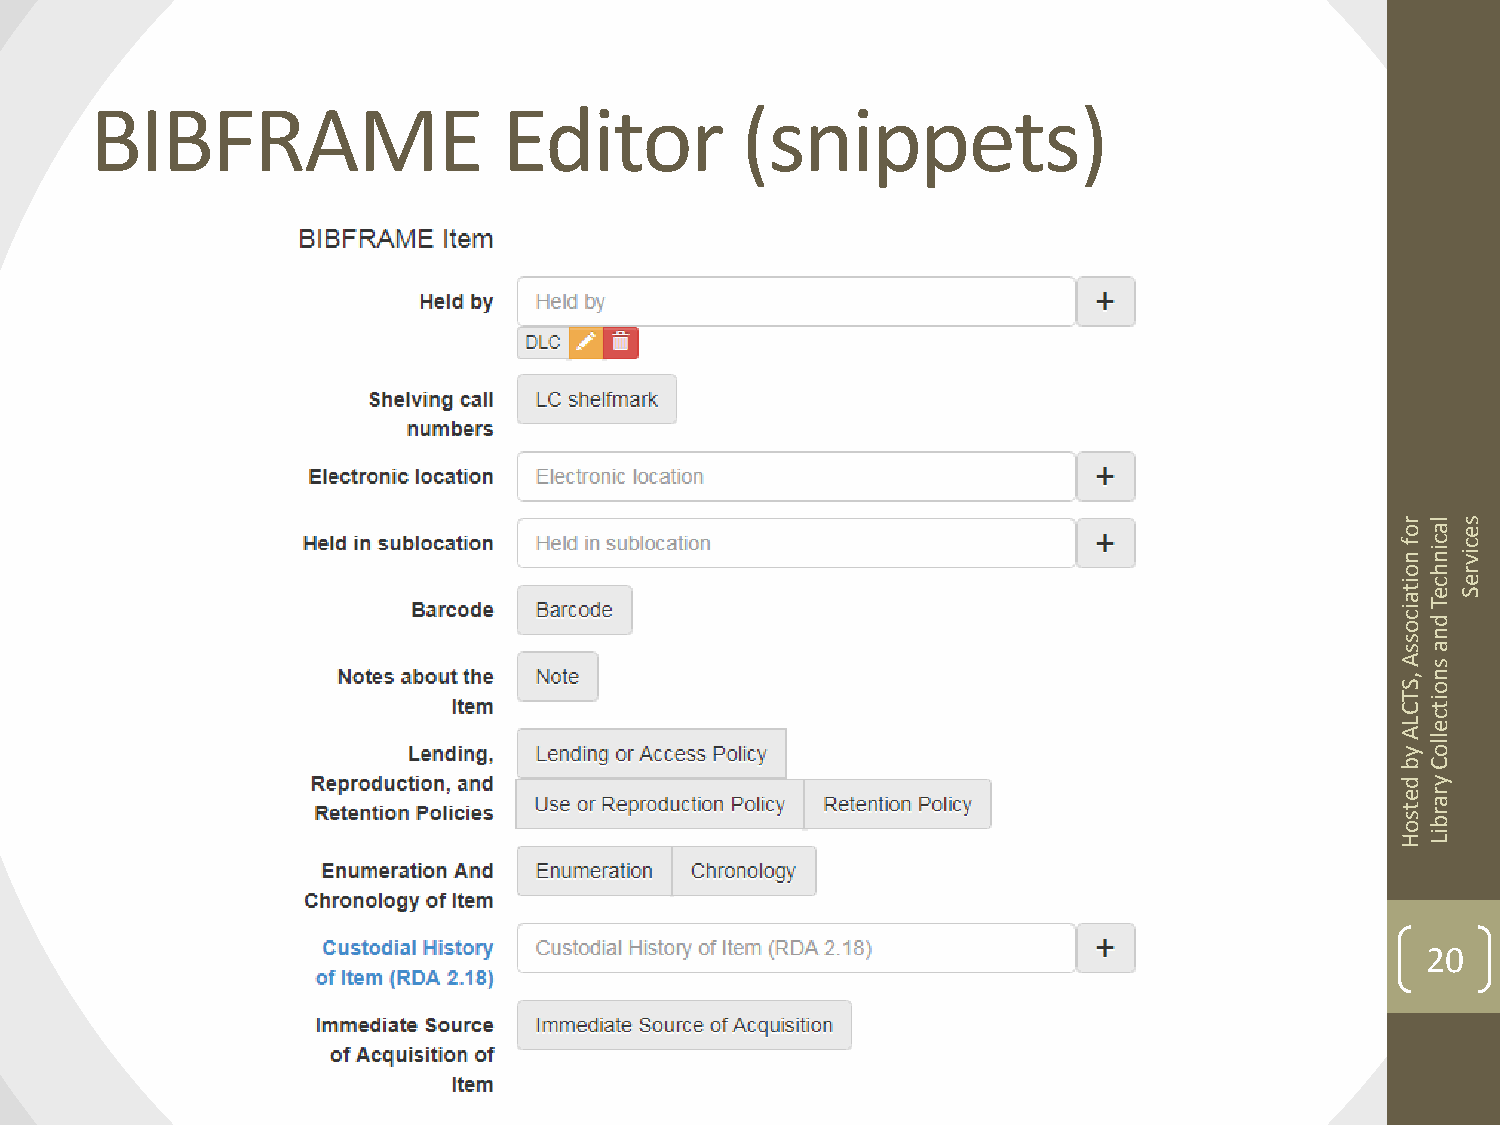
BIBFRAME                   Editor          (snippets)
 r
 o
 las
 e
 f nc inc
 iv
 ohr
 it ac
 e
 Te
 S
 ic
 o d
 sn
 sa
 A s
 ,n
 So
 T Cit
 c
 Le
 A yllo
 bC
 d y
 er
 a
 t s or b
 HiL
 20